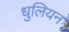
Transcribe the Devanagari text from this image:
धुलियन